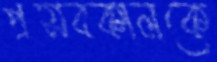
প্রসবকালকে